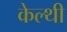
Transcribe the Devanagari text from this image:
केल्थी